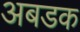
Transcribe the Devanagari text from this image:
अबडक